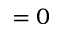
= 0